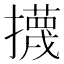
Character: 㩢